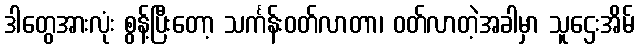
ဒါတွေအားလုံး စွန့်ပြီးတော့ သင်္ကန်းဝတ်လာတာ၊ ဝတ်လာတဲ့အခါမှာ သူဌေးအိမ်